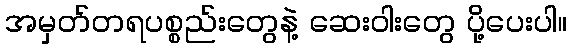
အမှတ်တရပစ္စည်းတွေနဲ့ ဆေးဝါးတွေ ပို့ပေးပါ။